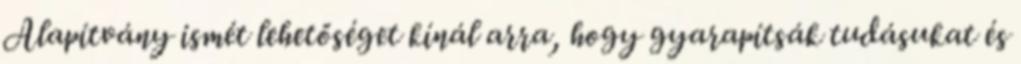
Alapítvány ismét lehetőséget kínál arra, hogy gyarapítsák tudásukat és